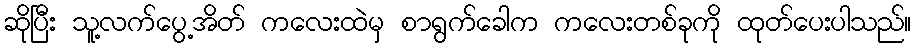
ဆိုပြီး သူ့လက်ပွေ့အိတ် ကလေးထဲမှ စာရွက်ခေါက ကလေးတစ်ခုကို ထုတ်ပေးပါသည်။